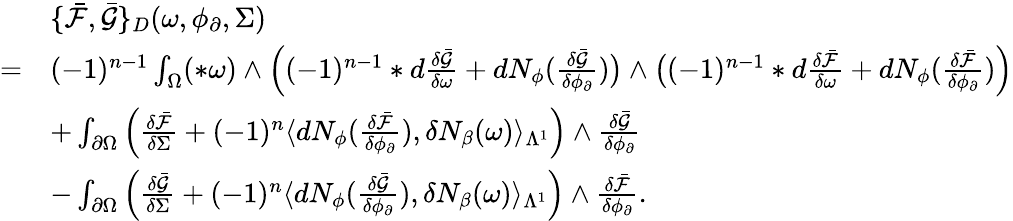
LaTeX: \begin{array}{rl}&{\{ \bar{\mathcal{F}},\bar{\mathcal{G}}\} _{D}(\omega,\phi_{\partial},\Sigma)}\\ {=}&{(-1)^{n-1}\int_{\Omega}(\ast\omega)\wedge\Big((-1)^{n-1}\ast d\frac{\delta\bar{\mathcal{G}}}{\delta\omega}+dN_{\phi}(\frac{\delta\bar{\mathcal{G}}}{\delta\phi_{\partial}})\big)\wedge\big((-1)^{n-1}\ast d\frac{\delta\bar{\mathcal{F}}}{\delta\omega}+dN_{\phi}(\frac{\delta\bar{\mathcal{F}}}{\delta\phi_{\partial}})\Big)}\\ &{+\int_{\partial\Omega}\Big(\frac{\delta\bar{\mathcal{F}}}{\delta\Sigma}+(-1)^{n}\langle dN_{\phi}(\frac{\delta\bar{\mathcal{F}}}{\delta\phi_{\partial}}),\delta N_{\beta}(\omega)\rangle_{\Lambda^{1}}\Big)\wedge\frac{\delta\bar{\mathcal{G}}}{\delta\phi_{\partial}}}\\ &{-\int_{\partial\Omega}\Big(\frac{\delta\bar{\mathcal{G}}}{\delta\Sigma}+(-1)^{n}\langle dN_{\phi}(\frac{\delta\bar{\mathcal{G}}}{\delta\phi_{\partial}}),\delta N_{\beta}(\omega)\rangle_{\Lambda^{1}}\Big)\wedge\frac{\delta\bar{\mathcal{F}}}{\delta\phi_{\partial}}.}\end{array}